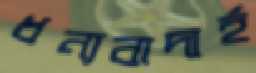
ধন্যবাদার্হ